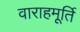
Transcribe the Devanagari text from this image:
वाराहमूर्ति